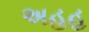
અહહ